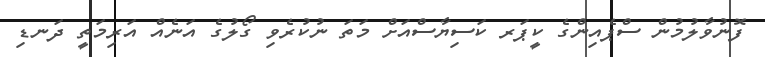
ފޮނުވާލުމުން ސްޕެއިންގެ ކީޕަރ ކަސިޔާސްއަށް މަތަ ނުކުރެވި ގޯލުގެ އަނެއް އަރިމަތީ ދަނޑި